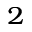
^ 2